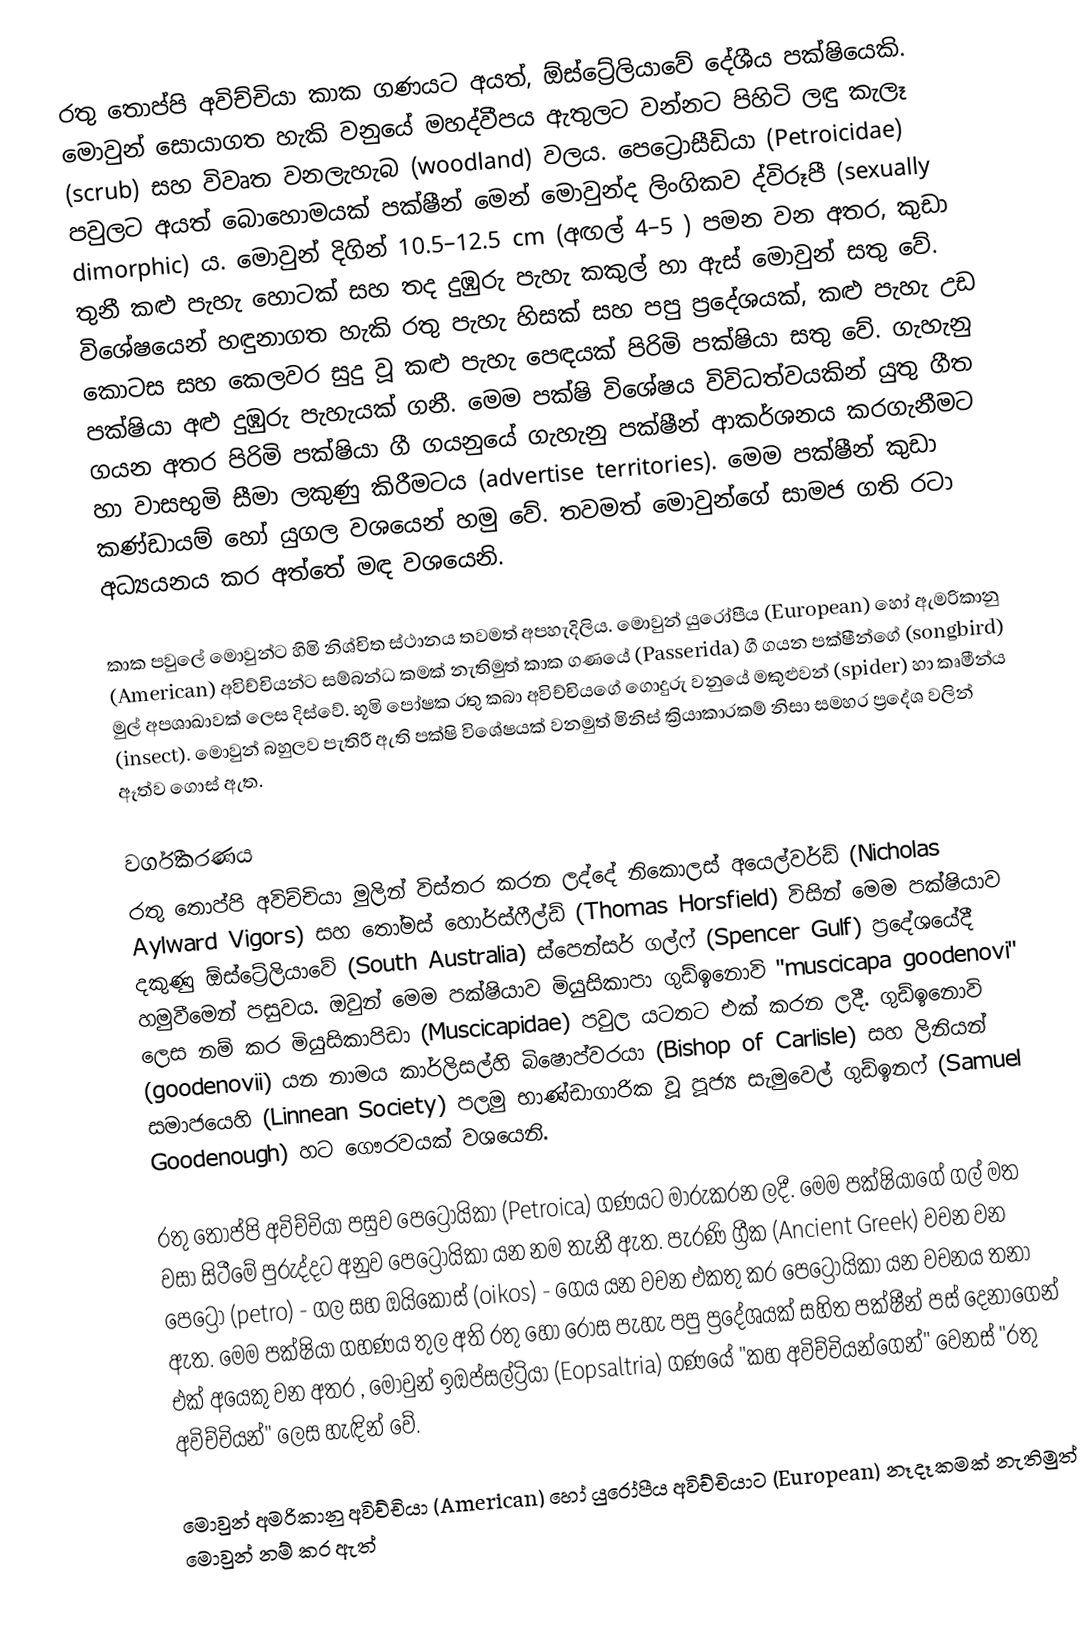
රතු තොප්පි අවිච්චියා කාක ගණයට අයත්, ඕස්ට්‍රේලියාවේ දේශීය පක්ෂියෙකි. මොවුන් සොයාගත හැකි වනුයේ මහද්වීපය ඇතුලට වන්නට පිහිටි ලඳු කැලෑ (scrub) සහ විවෘත වනලැහැබ (woodland) වලය. පෙට්‍රොසීඩියා (Petroicidae) පවුලට අයත් බොහොමයක් පක්ෂීන් මෙන් මොවුන්ද ලිංගිකව ද්විරූපී (sexually dimorphic) ය. මොවුන් දිගින් 10.5–12.5 cm (අඟල් 4–5 ) පමන වන අතර, කුඩා තුනී කළු පැහැ හොටක් සහ තද දුඹුරු පැහැ කකුල් හා ඇස් මොවුන් සතු වේ. විශේෂයෙන් හඳුනාගත හැකි රතු පැහැ හිසක් සහ පපු ප්‍රදේශයක්, කළු පැහැ උඩ කොටස සහ කෙලවර සුදු වූ කළු පැහැ පෙඳයක් පිරිමි පක්ෂියා සතු වේ. ගැහැනු පක්ෂියා අළු දුඹුරු පැහැයක් ගනී. මෙම පක්ෂි විශේෂය විවිධත්වයකින් යුතු ගීත ගයන අතර පිරිමි පක්ෂියා ගී ගයනුයේ ගැහැනු පක්ෂීන් ආකර්ශනය කරගැනීමට හා වාසභුමි සීමා ලකුණු කිරීමටය (advertise territories).  මෙම පක්ෂීන් කුඩා කණ්ඩායම් හෝ යුගල වශයෙන් හමු වේ. තවමත් මොවුන්ගේ සාමජ ගති රටා අධ්‍යයනය කර අත්තේ මඳ වශයෙනි.

කාක පවුලේ මොවුන්ට හිමි නිශ්චිත ස්ථානය  තවමත් අපහැදිලිය. මොවුන් යුරෝපීය (European) හෝ ඇමරිකානු (American) අවිච්චියන්ට සම්බන්ධ කමක් නැතිමුත් කාක ගණයේ (Passerida) ගී ගයන පක්ෂීන්ගේ (songbird) මුල් අපශාඛාවක් ලෙස දිස්වේ. භූමි පෝෂක රතු කබා අවිච්චියගේ ගොදුරු වනුයේ මකුළුවන් (spider) හා කෘමීන්ය (insect).  මොවුන් බහුලව පැතිරී ඇති පක්ෂි විශේෂයක් වනමුත් මිනිස් ක්‍රියාකාරකම් නිසා සමහර ප්‍රදේශ වලින් ඈත්ව ගොස් ඇත.

වර්ගීකරණය
රතු තොප්පි අවිච්චියා මුලින් විස්තර කරන ලද්දේ නිකොලස් අයෙල්වර්ඩ් (Nicholas Aylward Vigors) සහ ‍තෝමස් හොර්ස්ෆීල්ඩ් (Thomas Horsfield) විසින් මෙම පක්ෂියාව දකුණු ඕස්ට්‍රේලියාවේ (South Australia) ස්පෙන්සර් ගල්ෆ් (Spencer Gulf) ප්‍රදේශයේදී හමුවීමෙන් පසුවය. ඔවුන් මෙම පක්ෂියාව මියුසිකාපා ගුඩ්ඉනොවි "muscicapa goodenovi" ලෙස නම් කර මියුසිකාපිඩා (Muscicapidae) පවුල යටතට එක් කරන ලදී. ගුඩ්ඉනොවි (goodenovii) යන නාමය කාර්ලිසල්හි බිෂොප්වරයා (Bishop of Carlisle) සහ ලිනියන් සමාජයෙහි (Linnean Society) පලමු භාණ්ඩාගාරික වූ පූජ්‍ය සැමුවෙල් ගුඩ්ඉනෆ් (Samuel Goodenough) හට ගෞරවයක් වශයෙනි.

රතු තොප්පි අවිච්චියා පසුව පෙට්‍රොයිකා (Petroica) ගණයට මාරුකරන ලදී. මෙම පක්ෂියාගේ ගල් මත වසා සිටීමේ පුරුද්දට අනුව පෙට්‍රොයිකා යන නම තැනී ඇත. පැරණි ග්‍රීක (Ancient Greek) වචන වන පෙට්‍රෝ (petro) - ගල සහ ඔයිකොස් (oikos) - ගෙය යන වචන එකතු කර පෙට්‍රොයිකා යන වචනය තනා ඇත. මෙම පක්ෂියා ගහණය තුල අති රතු හෝ රෝස පැහැ පපු ප්‍රදේශයක් සහිත පක්ෂීන් පස් දෙනාගෙන් එක් අයෙකු වන අතර , මොවුන් ඉඔප්සල්ට්‍රියා (Eopsaltria) ගණයේ "කහ අවිච්චියන්ගෙන්" වෙනස් "රතු අවිච්චියන්" ලෙස හැඳින් වේ.

මොවුන් අමරිකානු අවිච්චියා (American) හෝ යුරෝපීය අවිච්චියාට (European) නෑදෑකමක් නැතිමුත් මොවුන් නම් කර ඇත්